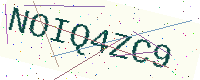
Text: NOIQ4ZC9